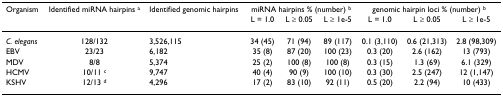
| Organism | Identified miRNA hairpins a | Identified genomic hairpins | <COLSPAN=3> miRNA hairpins % (number) b | <COLSPAN=3> genomic hairpin loci % (number) b |
 |  |  |  | L = 1.0 | L ≥ 0.05 | L ≥ 1e-5 | L = 1.0 | L ≥ 0.05 | L ≥ 1e-5 |
 | --- | --- | --- | --- | --- | --- | --- | --- | --- |
 | C. elegans | 128/132 | 3,526,115 | 34 (45) | 71 (94) | 89 (117) | 0.1 (3,110) | 0.6 (21,313) | 2.8 (98,309) |
 | EBV | 23/23 | 6,182 | 35 (8) | 87 (20) | 100 (23) | 0.3 (20) | 2.6 (162) | 13 (793) |
 | MDV | 8/8 | 5,374 | 25 (2) | 100 (8) | 100 (8) | 0.3 (15) | 1.3 (69) | 6.1 (329) |
 | HCMV | 10/11 c | 9,747 | 40 (4) | 90 (9) | 100 (10) | 0.3 (30) | 2.5 (247) | 12 (1,147) |
 | KSHV | 12/13 d | 4,296 | 17 (2) | 83 (10) | 92 (11) | 0.5 (20) | 2.2 (94) | 10 (433) |